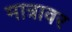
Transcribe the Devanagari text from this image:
मात्रावर